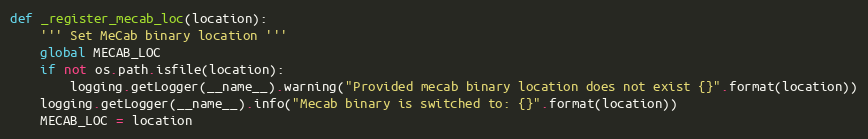
Language: Python
def _register_mecab_loc(location):
    ''' Set MeCab binary location '''
    global MECAB_LOC
    if not os.path.isfile(location):
        logging.getLogger(__name__).warning("Provided mecab binary location does not exist {}".format(location))
    logging.getLogger(__name__).info("Mecab binary is switched to: {}".format(location))
    MECAB_LOC = location